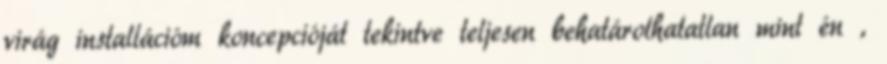
virág installációm koncepcióját tekintve teljesen behatárolhatatlan mint én ,